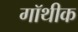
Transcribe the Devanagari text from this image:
गॉथीक